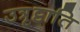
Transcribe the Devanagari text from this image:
उत्रृट्टाति